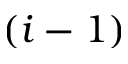
( i - 1 )